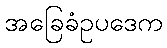
အခြေခံဥပဒေက